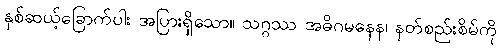
နှစ်ဆယ့်ခြောက်ပါး အပြားရှိသော။ သဂ္ဂဿ အဓိဂမနေန၊ နတ်စည်းစိမ်ကို